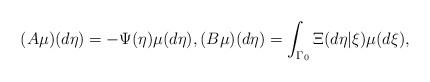
LaTeX: \begin{align*} (A\mu)(d\eta) = - \Psi (\eta) \mu(d\eta), (B\mu)(d\eta) = \int_{\Gamma_0} \Xi (d \eta|\xi) \mu( d \xi),\end{align*}